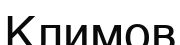
Климов